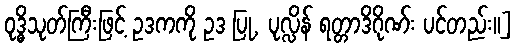
ဝုဒ္ဓိသုတ်ကြီးဖြင့် ဥဒကကို ဥဒ ပြု, ပုလ္လိန် ရတ္တာဒိဂိုဏ်း ပင်တည်း။]